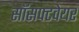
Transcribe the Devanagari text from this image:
सॉसफ्टवेयर